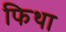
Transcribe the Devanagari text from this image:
फिथा